Vaccination United Provinces of Agra and Oudh 1923-1928 - 1923-1928
Year: 1923
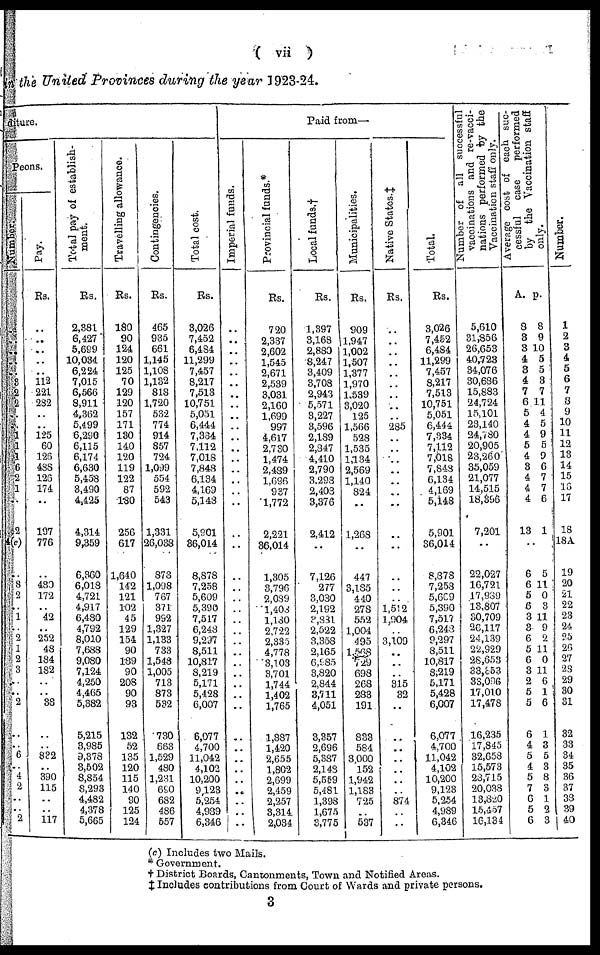
( vii )
the United Provinces during the year 1923-24.
ture.
Peons.
..
..
..
..
..
3
2
2
..
..
1 1
1
6
2
1
..
2
4(c)
..
8
2
..
1
..
2
1
2
3
..
..
2
..
..
6
..
4
2
..
..
2
Pay.
Rs.
..
..
..
..
..
112
221
282
..
..
125
60
126
438
126
174
..
197
776
..
480
172
..
42
..
252
48
184
182
..
..
38
..
..
832
..
390
115
..
..
117
Total pay of establish-
ment.
Rs.
2,381
6,427
5,699
10,034
6,224
7,015
6,566
8,911
4,362
5,499
6,290
6,115
6,174
6,630
5,458
3,490
4,425
4,314
9,359
6,360
6,018
4,721
4,917
6,480
4,792
8,010
7,688
9,080
7,124
4,250
4,465
5,382
5,215
3,985
9,378
3,502
8,854
8,293
4,482
4,378
5,665
Travelling allowance.
Rs.
180
90
124
120
125
70
129
120
157
171
130
140
120
119
122
87
180
256
617
1,640
142
121
102
45
129
154
90
189
90
208
90
93
132
52
135
120
115
140
90
125
124
Contingencies.
Rs.
465
935
661
1,145
1,108
1,132
818
1,720
532
774
914
857
724
1,099
554
592
543
1,331
26,038
878
1,098
767
371
992
1,327
1,133
733
1,548
1,005
713
873
532
730
663
1,529
480
1,231
690
682
486
557
Total cost.
Rs.
3,026
7,452
6,484
11,299
7,457
8,217
7,513
10,751
5,051
6,444
7,334
7,112
7,018
7,848
6,134
4,169
5,143
5,901
36,014
8,878
7,258
5,609
5,390
7,517
6,248
9,297
8,511
10,817
8,219
5,171
5,428
6,007
6,077
4,700
11,042
4,102
10,200
9,123
5,254
4,989
6,346
Paid from—
Imperial funds.
..
..
..
..
..
..
..
..
..
..
..
..
..
..
..
..
..
..
..
..
..
..
..
..
..
..
..
..
..
..
..
..
..
..
..
..
..
..
..
..
..
Provincial funds.*
Rs.
720
2,337
2,602
1,545
2,671
2,539
3,031
2,160
1,699
997
4,617
2,730
1,474
2,439
1,696
937
1,772
2,221
36,014
1,305
3,796
2,089
1,408
1,180
2,722
2,335
4,778
3,103
3,701
1,744
1,402
1,765
1,887
1,420
2,655
1,802
2,699
2,459
2,257
3,314
2,034
Local funds.†
Rs.
1,397
3,168
2,880
8,247
3,409
3,708
2,943
5,571
3,227
3,596
2,189
2,847
4,410
2,790
3,298
2,408
3,376
2,412
..
7,126
277
3,030
2,192
3,831
2,522
3,358
2,165
6,985
3,820
2,844
3,711
4,051
3,357
2,696
5,387
2,148
5,559
5,481
1,398
1,675
3,775
Municipalities.
Rs.
909
1,947
1,002
1,507
1,377
1,970
1,539
3,020
125
1,566
528
1,535
1,134
2,569
1,140
824
..
1,268
..
447
3,185
440
278
552
1,004
495
1,568
729
698
268
283
191
833
584
3,000
152
1,942
1,183
725
..
537
Native States. ‡
Rs.
..
..
..
..
..
..
..
..
..
285
..
..
..
..
..
..
..
..
..
..
..
..
1,512
1,904
..
3,109
..
..
..
315
32
..
..
..
..
..
..
..
874
..
..
Total.
Rs.
3,026
7,452
6,484
11,299
7,457
8,217
7,513
10,751
5,051
6,444
7,334
7,112
7,018
7,848
6,134
4,169
5,148
5,901
36,014
8,878
7,258
5,669
5,390
7,517
6,243
9,297
8,511
10,817
8,219
5,171
5,428
6,007
6,077
4,700
11,042
4,102
10,200
9,123
5,254
4,989
6,346
Number of all successful
vaccinations and re-vacci-
nations performed by the
Vaccination staff only.
5,610
31,856
26,653
40,723
34,076
30,686
15,883
24,724
15,101
23,140
24,780
20,905
23,260
35,059
21,077
14,515
18,396
7,201
..
22,027
16,721
17,989
13,807
30,709
26,117
24,139
22,929
28,653
33,353
33,096
17,010
17,478
16,235
17,845
32,658
15,573
28,715
20,038
13,820
16,457
16,134
Average cost of each suc-
cessful case
performed
by the Vaccination staff
only.
A.
8
3
3
4
3
4
7
6
5
4
4
5
4
3
4
4
4
13
..
6
6
5
6
3
3
6
5
6
3
2
5
5
6
4
5
4
5
7
6
5
6
p.
8
9
10
5
5
3
7
11
4
5
9
5
9
6
7
7
6
1
..
5
11
0
3
11
9
2
11
0
11
6
1
6
1
3
5
3
8
3
1
2
3
Number.
1
2
3
4
5
6
7
3
9
10
11
12
13
14
15
16
17
18
18A
19
20
21
22
23
24
25
26
27
28
29
30
31
32
33
34
35
36
37
38
39
40
(c) Includes two Mails.
* Government.
† District Boards, Cantonments, Town and Notified Areas.
‡ Includes contributions from Court of Wards and private persons.
3